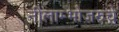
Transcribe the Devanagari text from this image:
नीलाम्भोजरुचे